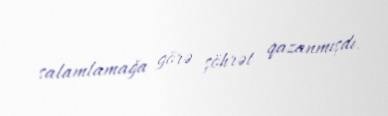
salamlamağa görə şöhrət qazanmışdı.